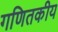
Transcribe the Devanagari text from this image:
गणितकीय